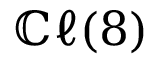
\mathbb { C } \ell ( 8 )